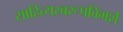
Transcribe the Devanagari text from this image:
साहित्यस्वरूपविमर्श